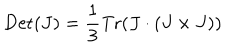
\mathrm { D e t } ( J ) = \frac { 1 } { 3 } \mathrm { T r } ( J \cdot ( J \times J ) )